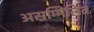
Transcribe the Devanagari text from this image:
असम्मिलित